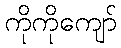
ကိုကိုကျော်